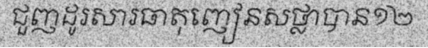
ជួញដូរសារធាតុញៀនសថ្លាបាន១២